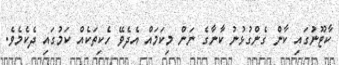
ކާޓޫނުގައި ކާން ގެންގުޅުނު ކާނާގެ ނަން މިކަމައް އެދެވޭ ހެކިތަކެއް ކަމުގައި ދެކެމެވެ.